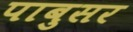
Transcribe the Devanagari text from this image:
पाबुसर